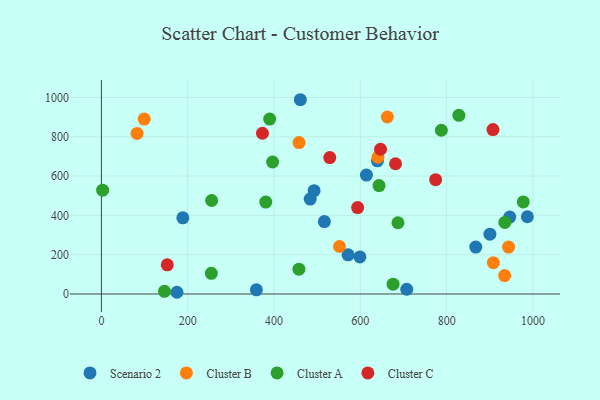
{"axis": {"x": "Speed", "y": "Salary"}, "legend": ["Cluster A", "Cluster B", "Cluster C", "Scenario 2"], "data": [{"x": "987.1", "y": 393.1, "type": "Scenario 2"}, {"x": "516.6", "y": 368.4, "type": "Scenario 2"}, {"x": "492.9", "y": 525.5, "type": "Scenario 2"}, {"x": "483.8", "y": 482.7, "type": "Scenario 2"}, {"x": "188.7", "y": 387.7, "type": "Scenario 2"}, {"x": "639.7", "y": 677.8, "type": "Scenario 2"}, {"x": "707.6", "y": 24.0, "type": "Scenario 2"}, {"x": "571.6", "y": 199.1, "type": "Scenario 2"}, {"x": "175.0", "y": 8.7, "type": "Scenario 2"}, {"x": "598.9", "y": 188.5, "type": "Scenario 2"}, {"x": "461.0", "y": 988.5, "type": "Scenario 2"}, {"x": "900.3", "y": 304.3, "type": "Scenario 2"}, {"x": "946.2", "y": 391.5, "type": "Scenario 2"}, {"x": "359.1", "y": 21.1, "type": "Scenario 2"}, {"x": "614.1", "y": 605.1, "type": "Scenario 2"}, {"x": "867.5", "y": 238.5, "type": "Scenario 2"}, {"x": "943.5", "y": 238.9, "type": "Cluster B"}, {"x": "934.4", "y": 93.6, "type": "Cluster B"}, {"x": "551.7", "y": 241.6, "type": "Cluster B"}, {"x": "640.8", "y": 695.8, "type": "Cluster B"}, {"x": "99.1", "y": 890.2, "type": "Cluster B"}, {"x": "82.6", "y": 817.2, "type": "Cluster B"}, {"x": "662.6", "y": 900.5, "type": "Cluster B"}, {"x": "457.9", "y": 770.7, "type": "Cluster B"}, {"x": "908.3", "y": 159.4, "type": "Cluster B"}, {"x": "675.9", "y": 49.9, "type": "Cluster A"}, {"x": "2.8", "y": 528.1, "type": "Cluster A"}, {"x": "934.9", "y": 364.2, "type": "Cluster A"}, {"x": "380.9", "y": 467.8, "type": "Cluster A"}, {"x": "977.6", "y": 468.4, "type": "Cluster A"}, {"x": "146.1", "y": 13.3, "type": "Cluster A"}, {"x": "828.4", "y": 909.1, "type": "Cluster A"}, {"x": "787.7", "y": 833.1, "type": "Cluster A"}, {"x": "255.5", "y": 475.7, "type": "Cluster A"}, {"x": "396.7", "y": 671.6, "type": "Cluster A"}, {"x": "687.2", "y": 362.4, "type": "Cluster A"}, {"x": "643.3", "y": 551.8, "type": "Cluster A"}, {"x": "457.7", "y": 126.0, "type": "Cluster A"}, {"x": "254.7", "y": 105.3, "type": "Cluster A"}, {"x": "390.0", "y": 889.9, "type": "Cluster A"}, {"x": "646.8", "y": 736.6, "type": "Cluster C"}, {"x": "593.8", "y": 439.7, "type": "Cluster C"}, {"x": "529.2", "y": 693.9, "type": "Cluster C"}, {"x": "907.3", "y": 836.4, "type": "Cluster C"}, {"x": "774.5", "y": 581.5, "type": "Cluster C"}, {"x": "152.6", "y": 148.3, "type": "Cluster C"}, {"x": "681.6", "y": 662.6, "type": "Cluster C"}, {"x": "373.2", "y": 817.9, "type": "Cluster C"}]}